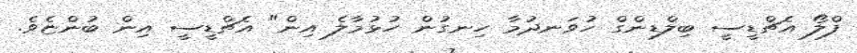
ފްލޯ އެޗްޑީސީ ބިލްޑިންގް ހުވަނދުމާ ހިނގުން ހުޅުމާލެ އިން" އެޗްޑީސީ އިން ބުންޏެވެ.